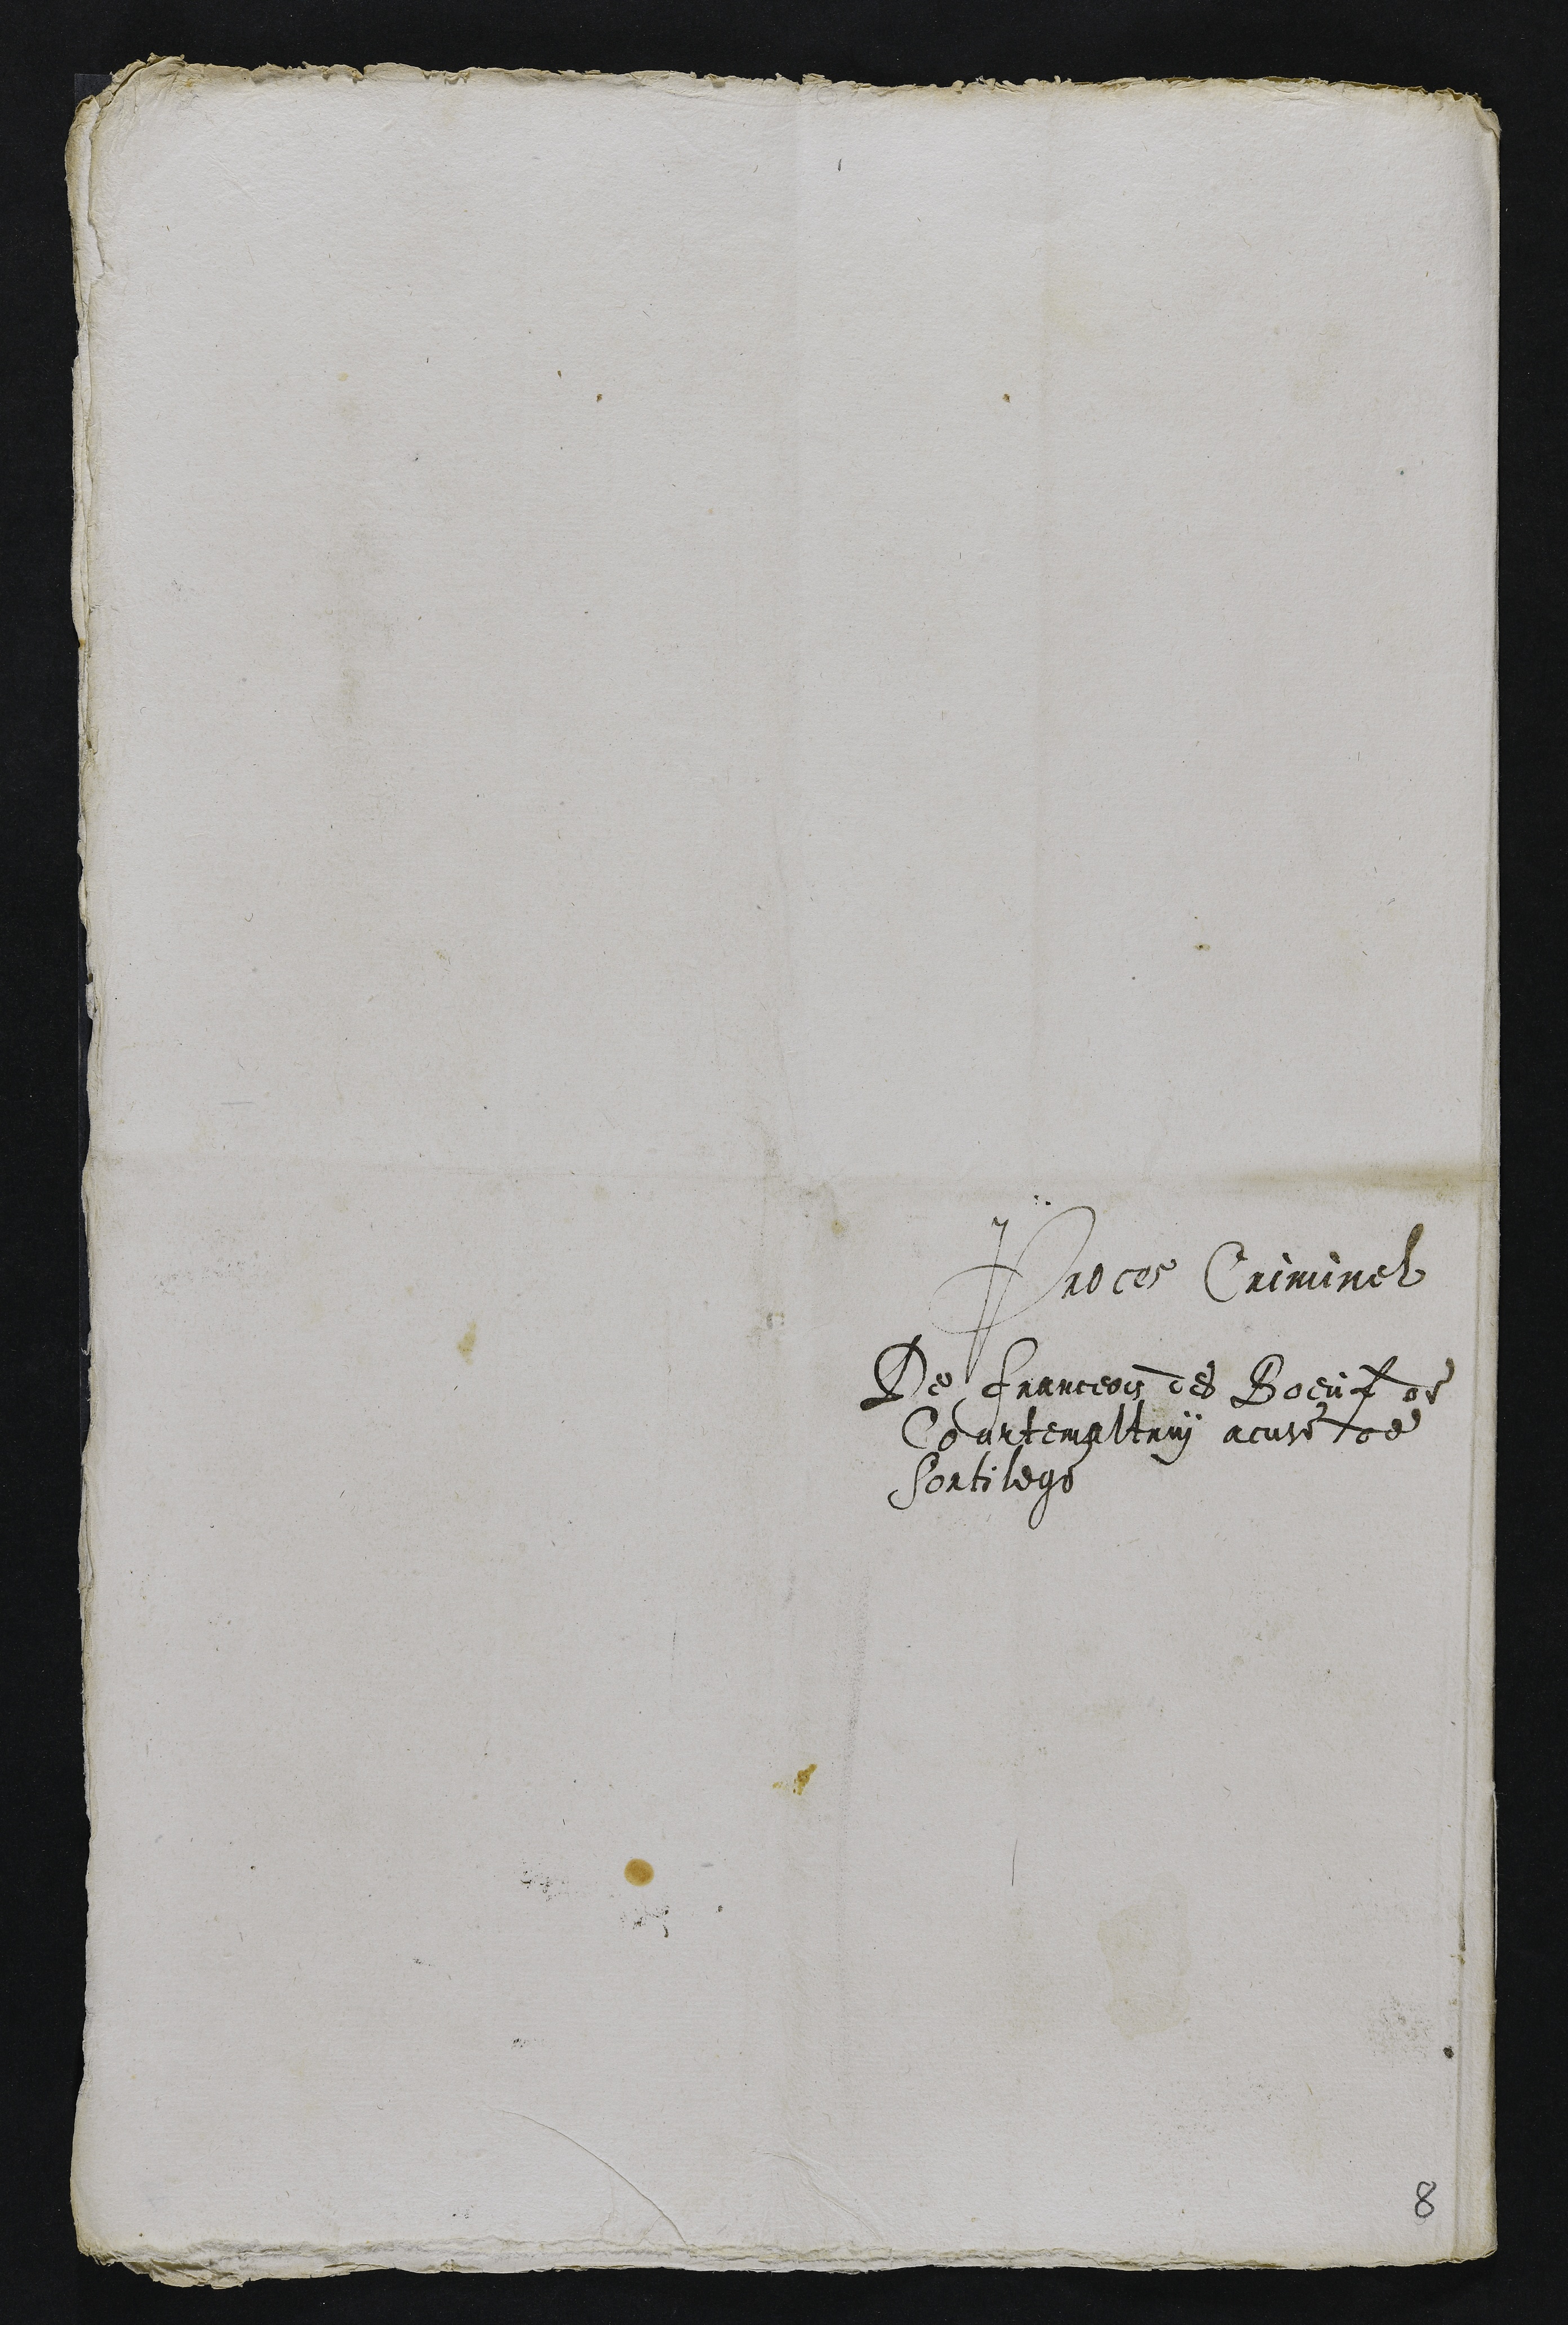
Proces Criminel
De Franceois des Boeuf de
Courtemaultruy accuse de
sortilege